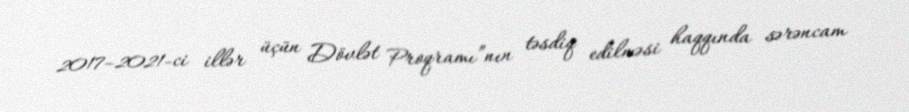
2017–2021-ci illər üçün Dövlət Proqramı”nın təsdiq edilməsi haqqında sərəncam